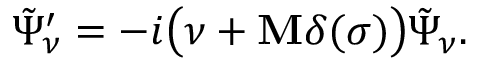
\tilde { \Psi } _ { \nu } ^ { \prime } = - i \bigl ( \nu + { \bf M } \delta ( \sigma ) \bigr ) \tilde { \Psi } _ { \nu } .